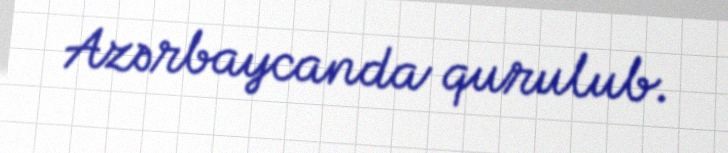
Azərbaycanda qurulub.